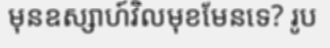
មុនឧស្សាហ៍វិលមុខមែនទេ? រូប